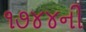
૧૭૪૪ની